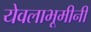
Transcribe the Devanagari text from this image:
येवलाभूमीनी